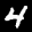
Label: 4